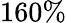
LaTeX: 160\%